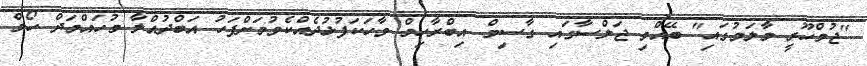
"ޖުމްހޫރީ މާލަމުގައި" ބޭއްވި ޖަލްސާގައި ގާސިމް އިބްރާހިމް ވާހަކަފުޅުދެއްކެވުމަށްފަހު އަބްދުއްލާ މުހައްމަދް ހޯމް